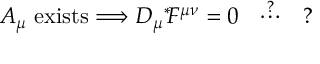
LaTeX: A _ { \mu } \mathrm { \ e x i s t s } \Longrightarrow D _ { \mu } \mathrm { } ^ { * } \! F ^ { \mu \nu } = 0 \ \ \stackrel { ? } { \cdots } \ \ ?